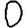
Digit: 0